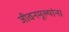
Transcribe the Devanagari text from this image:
जीवनमूल्यांना